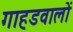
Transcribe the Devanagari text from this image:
गाहडवालों